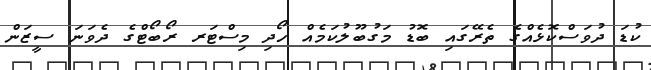
ކުޑަ ދުވަސްކޮޅެއްގެ ތެރޭގައި ބޮޑު މަގުބޫލުކަމެއް ހޯދި މިސްޓަރ ރޯބޯޓްގެ ދެވަނަ ސީޒަން